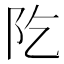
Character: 阣